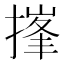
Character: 𪮘